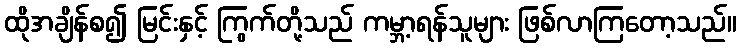
ထိုအချိန်စ၍ မြင်းနှင့် ကြွက်တို့သည် ကမ္ဘာ့ရန်သူများ ဖြစ်လာကြတော့သည်။